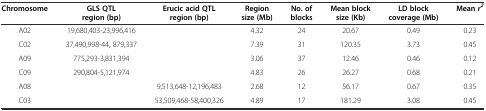
<table><thead><tr><td><b>Chromosome</b></td><td><b>GLS QTL region (bp)</b></td><td><b>Erucic acid QTL region (bp)</b></td><td><b>Region size (Mb)</b></td><td><b>No. of blocks</b></td><td><b>Mean block size (Kb)</b></td><td><b>LD block coverage (Mb)</b></td><td><b>Mean <i>r</i><sup><i>2</i></sup></b></td></tr></thead><tbody><tr><td>A02</td><td>19,680,403-23,996,416</td><td></td><td>4.32</td><td>24</td><td>20.67</td><td>0.49</td><td>0.23</td></tr><tr><td>C02</td><td>37,490,998-44, 879,337</td><td></td><td>7.39</td><td>31</td><td>120.35</td><td>3.73</td><td>0.45</td></tr><tr><td>A09</td><td>775,293-3,831,394</td><td></td><td>3.06</td><td>37</td><td>12.46</td><td>0.46</td><td>0.12</td></tr><tr><td>C09</td><td>290,804-5,121,974</td><td></td><td>4.83</td><td>26</td><td>26.27</td><td>0.68</td><td>0.21</td></tr><tr><td>A08</td><td></td><td>9,513,648-12,196,483</td><td>2.68</td><td>12</td><td>56.17</td><td>0.67</td><td>0.35</td></tr><tr><td>C03</td><td></td><td>53,509,468-58,400,326</td><td>4.89</td><td>17</td><td>181.29</td><td>3.08</td><td>0.45</td></tr></tbody></table>